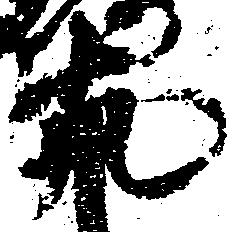
丸